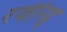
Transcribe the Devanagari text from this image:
रवीन्द्र्